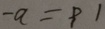
- a = 9 1